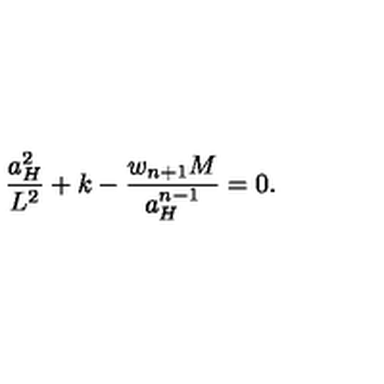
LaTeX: { \frac { a _ { H } ^ { 2 } } { L ^ { 2 } } } + k - { \frac { w _ { n + 1 } M } { a _ { H } ^ { n - 1 } } } = 0 .